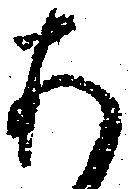
あ